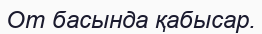
От басында қабысар.